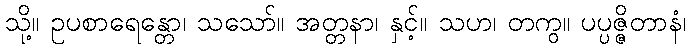
သို့။ ဥပစာရေန္တော၊ သသော်။ အတ္တနာ၊ နှင့်။ သဟ၊ တကွ။ ပပ္ပဇ္ဇိတာနံ၊